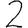
Digit: 2